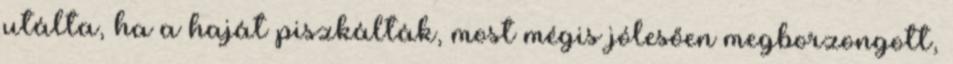
utálta, ha a haját piszkálták, most mégis jólesően megborzongott,